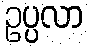
ဥပ္ပလာ